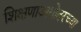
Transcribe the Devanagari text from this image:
शिक्षणाअगोदरच्या